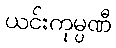
ယင်းကုမ္ပဏီ